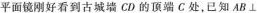
平面镜刚好看到古城墙CD的顶端C处，已知AB\perp